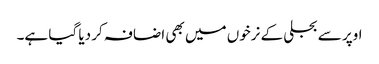
اوپر سے بجلی کے نرخوں میں بھی اضافہ کر دیا گیا ہے۔